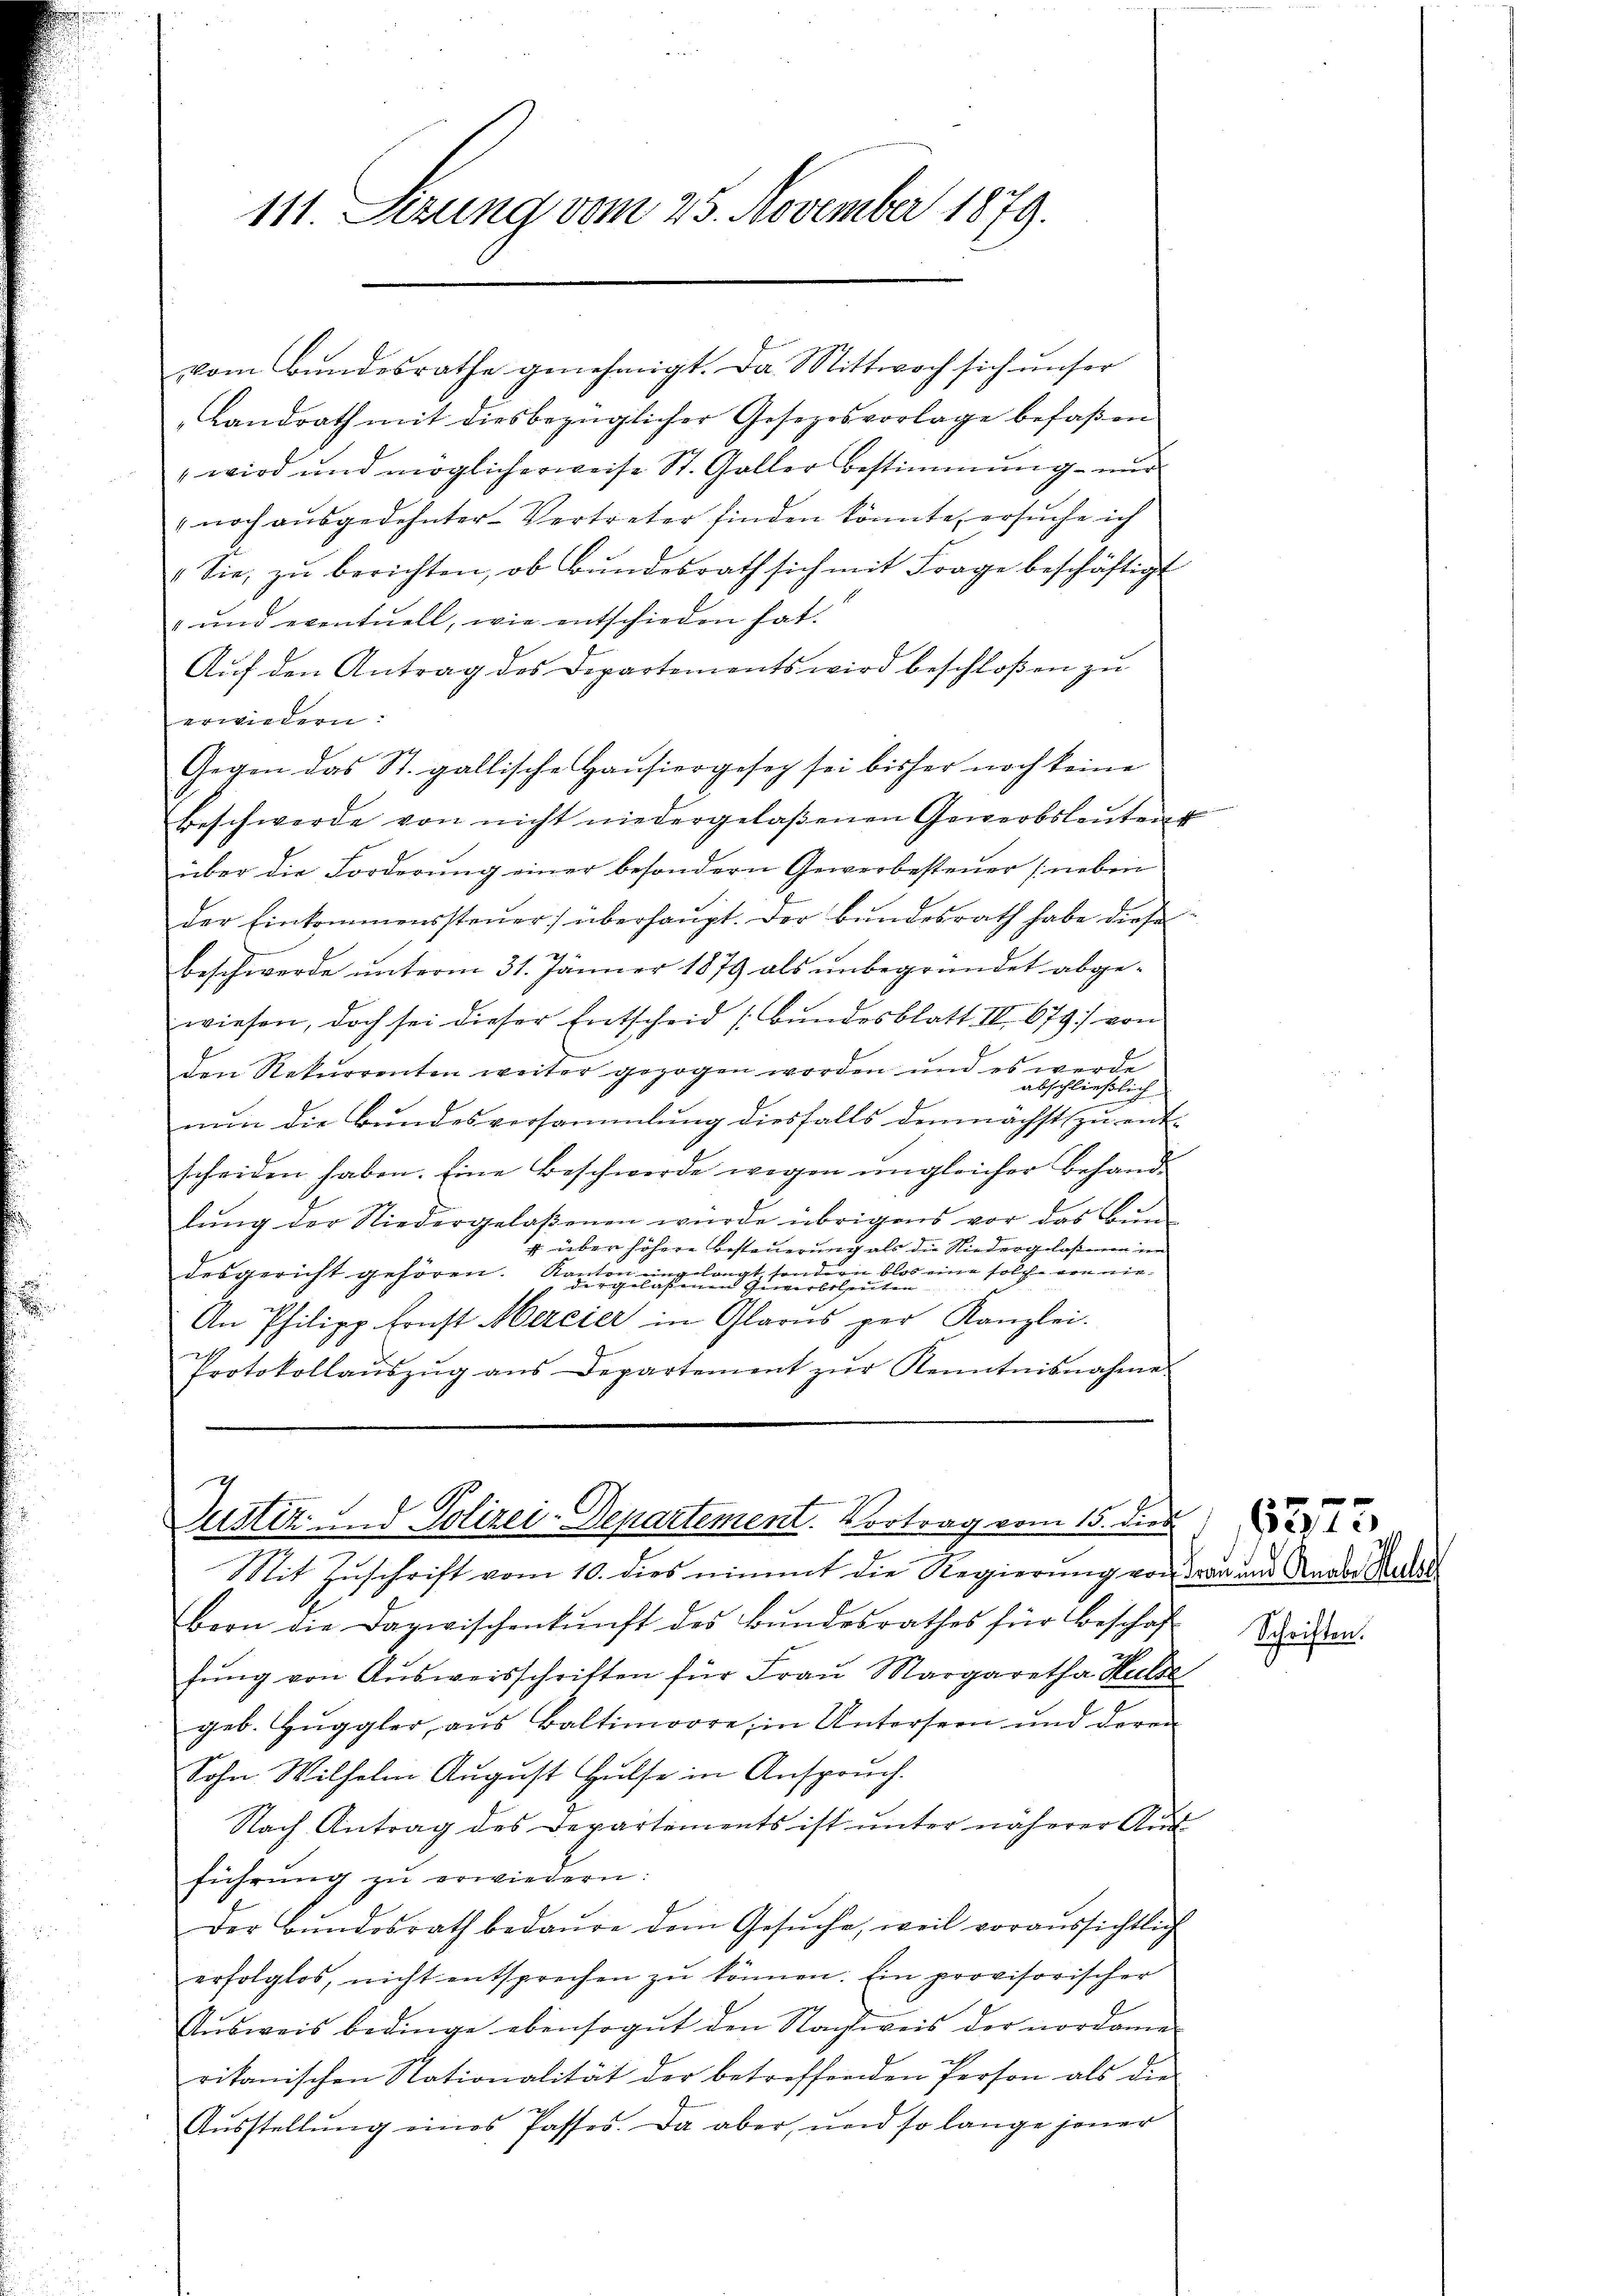
111. Sezung vom 25. November 1879.

vom Bundesrathe genehmigt. Da Mittwoch sich unser
Landrath mit diesbezüglicher Gesezesvorlage befaßen
" wird und möglicherweise St. Galler Bestimmung nur
 noch aŭsgedehnter Vertreter finden könnte, ersŭche ich
Sie, zŭ berichten, ob Bŭndesrath sich mit Frage beschäftigt
" und eventuell, wie entschieden hat.
Auf den Antrag des Departements wird beschloßen zu
erwiedern:
Gegen das St. gallische Haŭsiergeset sei bisher noch keine
Beschwerde von nicht niedergelaßenen Gewerbsleŭten
über die Forderung einer besondern Gewerbesteuer (neben
der Einkommenssteŭer) überhaŭpt. Der Bŭndesrath habe diese
beschwerde ŭnterm 31. Jänner 1879 als ŭnbegründet abge-
wiesen, doch sei dieser Entscheid Bŭndesblatt IV 679 von
werde
den Rekurrenten weiter gezogen worden und es erschießlich
nun die Bundesversammlung diesfalls demnächst zu ent-
scheiden haben. Eine Beschwerde wegen ungleicher Behand-
lung der Niedergelaßenen wurde übrigens vor das Bun¬
4 über höhere Besteuerung als die Niedergelassen im
x
2t, sondern blos eine solche von nie¬
88
desgericht gehören. Ka-
e
kan
Gewerbsleuten.
An Philipp Ernst Mercier in Glarus per Kanzlei.
Protokollaŭszŭg ans Departement zŭr Kenntnisnahme.

Justiz- und Polizei-Departement. Vortrag vom 15. dies

Mit Zuschrift vom 10. dies nimmt die Regierung von Frau und Ander Gener
bern die Dazwischenkunft des Bŭndesrathes für Beschaft Weisen.
fŭng von Ausweisschriften für Frau Margaretha Hulde
geb. Hŭggler, aŭs Baltimoore, in Unterseen und deren
Sohn Wilhelm August Hülfe in Anspruch.
Nach Antrag des Departements ist unter näherer Aŭf-
führung zŭ erwiedern:
Der Bŭndesrath bedaure dem Gesŭche, weil voraŭssichtlich
erfolglos, nicht entsprechen zu können. Ein provisorischer
Aŭsweis bedinge ebensogut den Nachweis der nordame
rikanischen Nationalität der betreffenden Person als die
I
Ausstellung eines fasses. Da aber, und so lange jener

6375